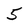
Character: 5